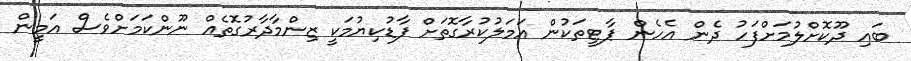
ބައި ދޫކޮށްލުމަށްފަހު ދެން އެހެން ޕާޓީތަކުން އަމަލުކުރާގޮތަށް ފާޑުކިޔުމަކީ ޒިންމާދާރުގޮތެއް ނޫންކަަމަށްވެސް އަމީން